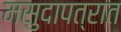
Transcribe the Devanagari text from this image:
मसुदापत्रात